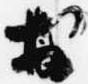
於